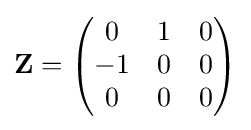
\mathbf {Z} ={\begin{pmatrix}0&1&0\\-1&0&0\\0&0&0\end{pmatrix}}